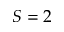
S = 2